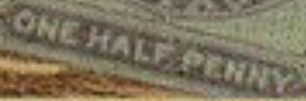
ONE HALF PENNY